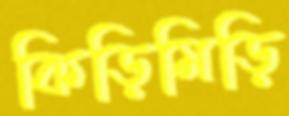
কিড়িমিড়ি